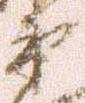
衛